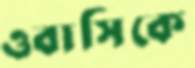
ওবাসিকে